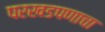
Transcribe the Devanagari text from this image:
परखडपणाचा